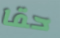
حقا